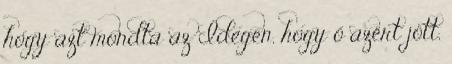
hogy azt mondta az Idegen, hogy ő azért jött,